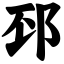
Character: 邳